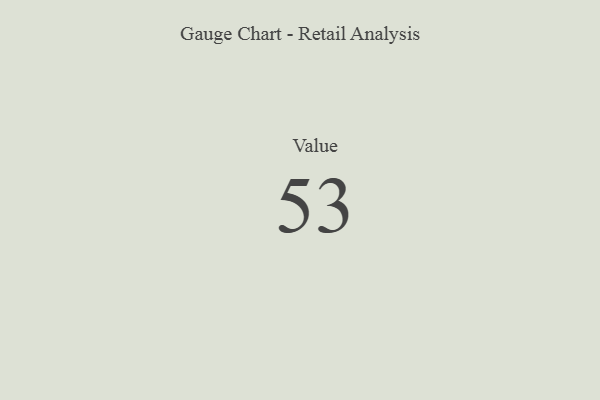
{"axis": {"x": "Metric", "y": "Value"}, "legend": [""], "data": [{"x": "Value", "y": 53, "type": ""}]}